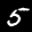
Digit: 5